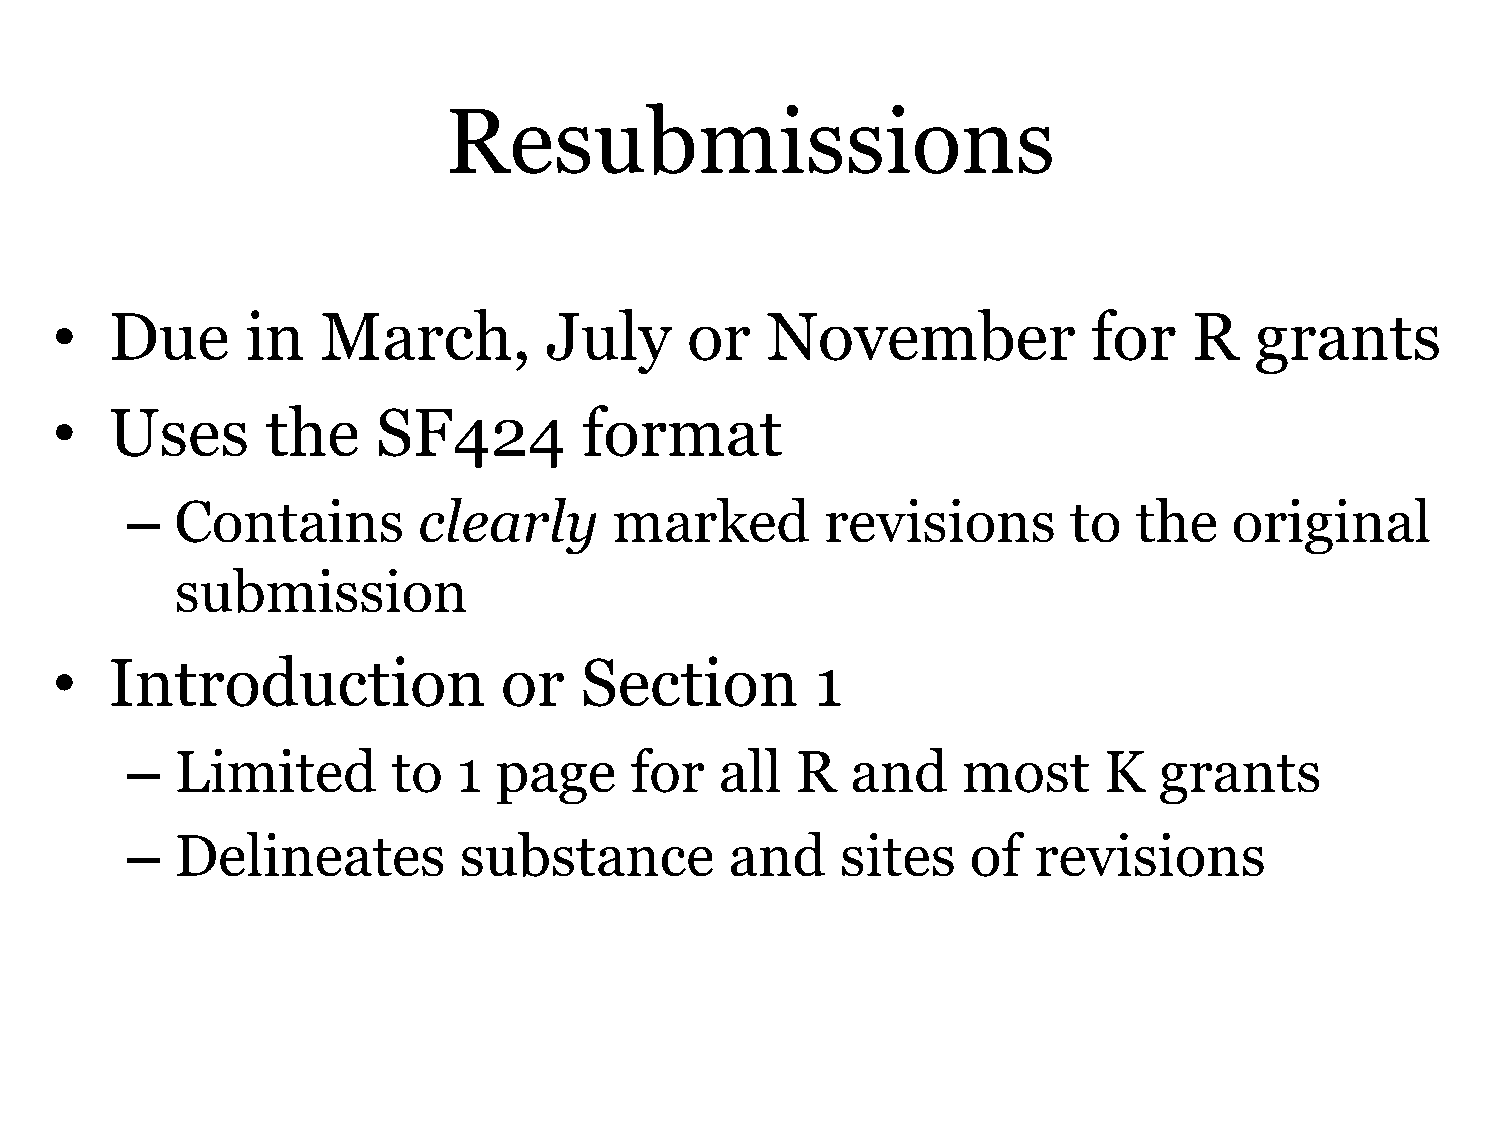
Resubmissions
 •   Due      in   March,         July     or    November             for    R   grants
 •   Uses       the    SF424         format
 –   Contains        clearly      marked        revisions       to  the    original
 submission
 •   Introduction              or   Section         1
 –   Limited       to  1  page     for   all  R  and     most     K   grants
 –   Delineates        substance         and     sites   of  revisions